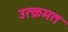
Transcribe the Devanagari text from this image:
उत्क्रमत